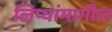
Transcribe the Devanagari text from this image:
लिप्यांमागील